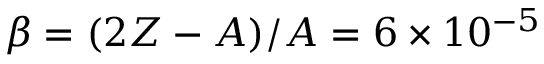
\beta = ( 2 Z - A ) / A = 6 \times 1 0 ^ { - 5 }